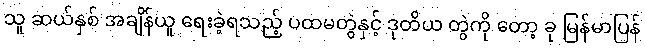
သူ ဆယ်နှစ် အချိန်ယူ ရေးခဲ့ရသည့် ပထမတွဲနှင့် ဒုတိယ တွဲကို တော့ ခု မြန်မာပြန်